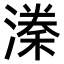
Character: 𣼃